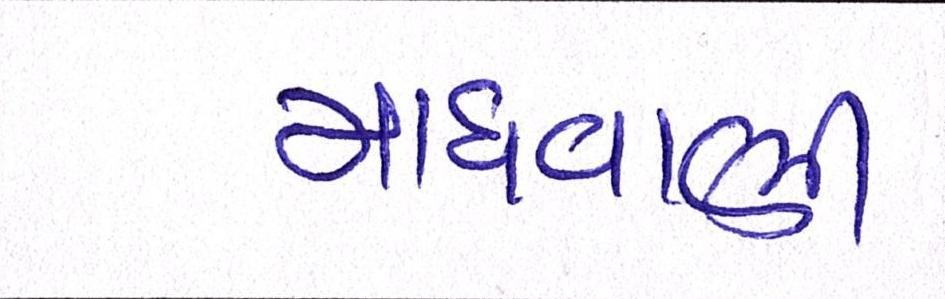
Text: માધવાણી